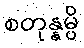
စတုန္နမ္ပိ